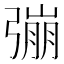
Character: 𢐒